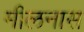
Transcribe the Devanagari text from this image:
मीलनास